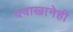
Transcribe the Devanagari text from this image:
दवाखानेही